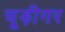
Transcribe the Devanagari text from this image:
चूड़ीगर